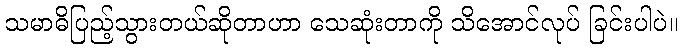
သမာဓိပြည့်သွားတယ်ဆိုတာဟာ သေဆုံးတာကို သိအောင်လုပ် ခြင်းပါပဲ။